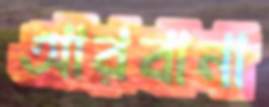
আরবানা